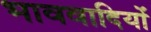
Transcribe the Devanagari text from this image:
भाववादियों